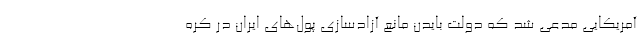
آمریکایی مدعی شد که دولت بایدن مانع آزادسازی پول‌های ایران در کره